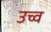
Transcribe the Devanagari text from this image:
उच्व